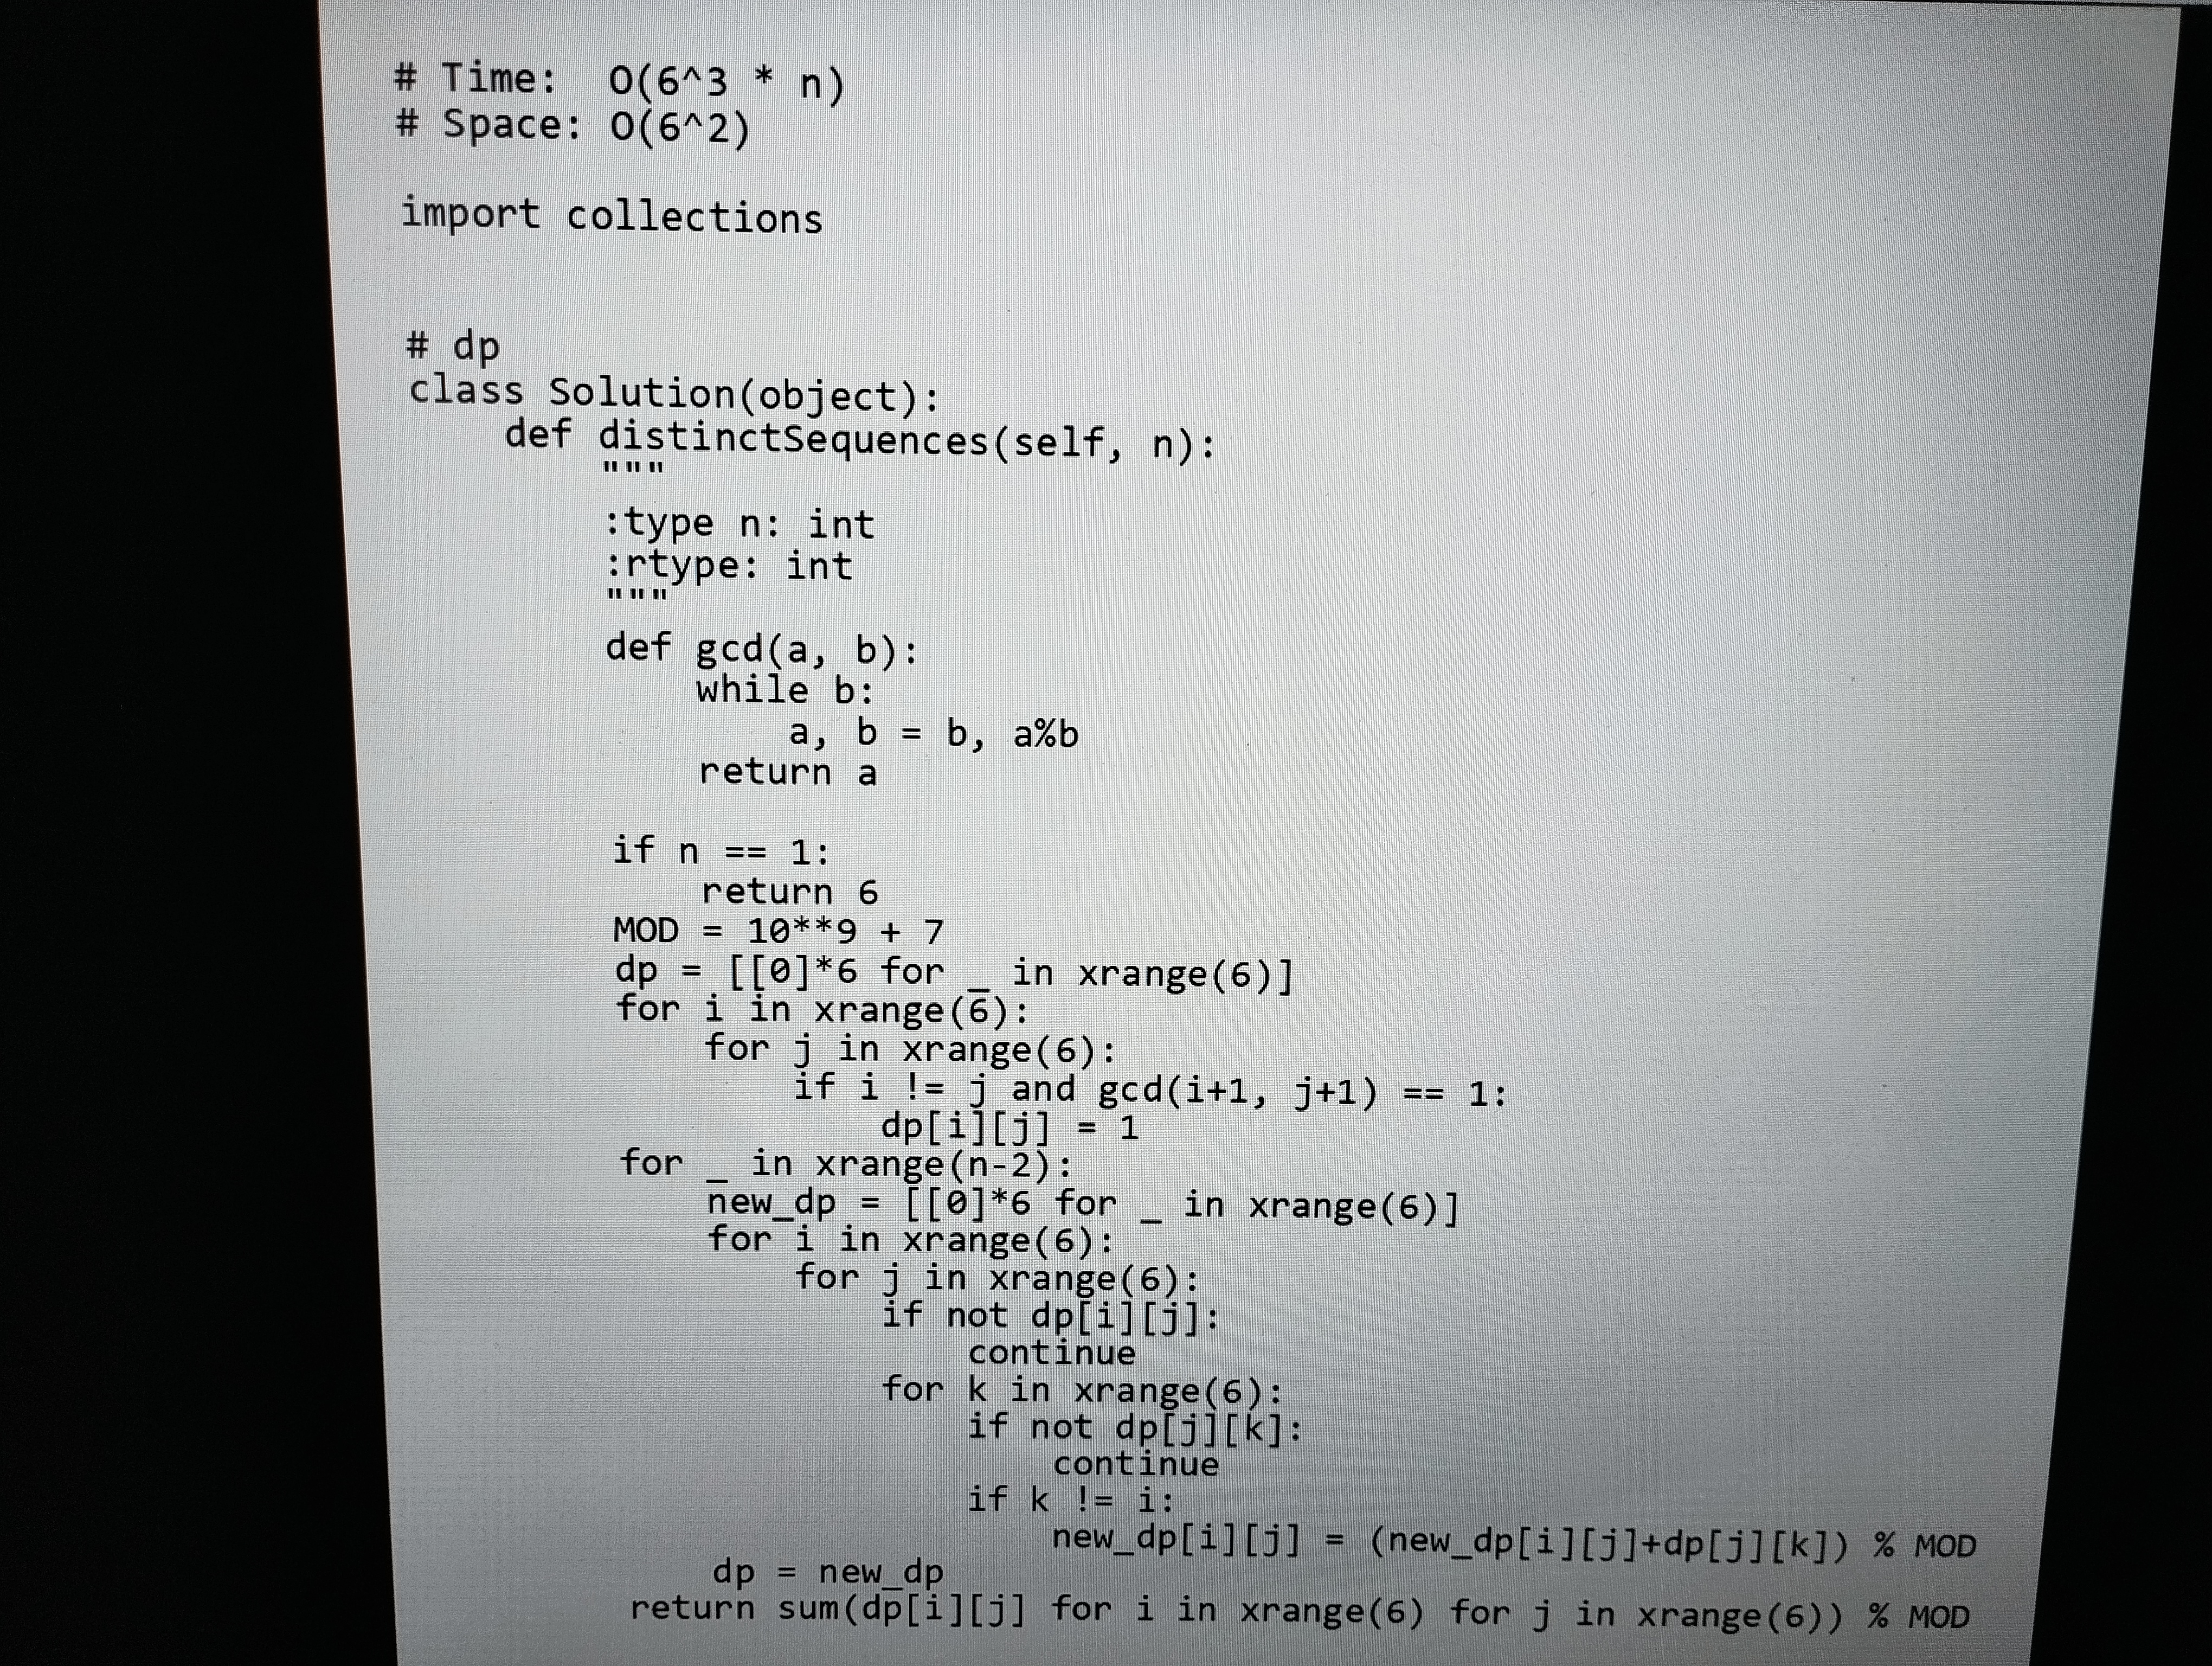
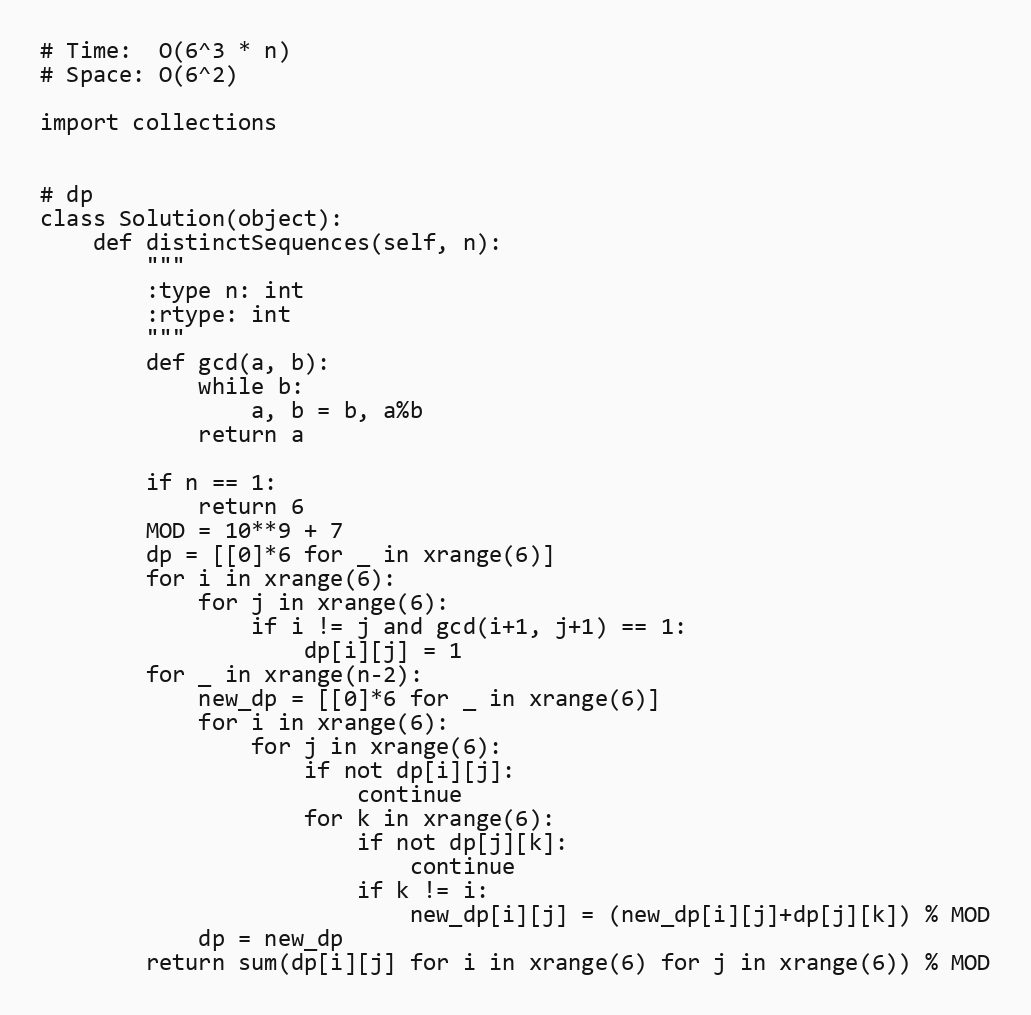
# Time:  O(6^3 * n)
# Space: O(6^2)

import collections

# dp
class Solution(object):
    def distinctSequences(self, n):
        """
        :type n: int
        :rtype: int
        """
        def gcd(a, b):
            while b:
                a, b = b, a%b
            return a

        if n == 1:
            return 6
        MOD = 10**9 + 7
        dp = [[0]*6 for _ in xrange(6)]
        for i in xrange(6):
            for j in xrange(6):
                if i != j and gcd(i+1, j+1) == 1:
                    dp[i][j] = 1
        for _ in xrange(n-2):
            new_dp = [[0]*6 for _ in xrange(6)]
            for i in xrange(6):
                for j in xrange(6):
                    if not dp[i][j]:
                        continue
                    for k in xrange(6):
                        if not dp[j][k]:
                            continue
                        if k != i:
                            new_dp[i][j] = (new_dp[i][j]+dp[j][k]) % MOD
            dp = new_dp
        return sum(dp[i][j] for i in xrange(6) for j in xrange(6)) % MOD